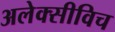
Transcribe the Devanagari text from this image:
अलेक्सीविच